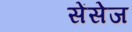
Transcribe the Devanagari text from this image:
सेंसेज